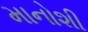
માનોશી